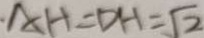
\cdot A H = D H = \sqrt { 2 }